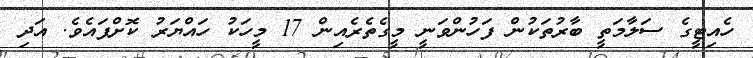
ހެއިޓީގެ ސަލާމަތީ ބާރުތަކުން ފަހުންވަނީ މީގެތެރެއިން 17 މީހަކު ހައްޔަރު ކޮށްފައެވެ. އަދި